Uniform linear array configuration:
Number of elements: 16
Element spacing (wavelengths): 0.75
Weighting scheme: binomial
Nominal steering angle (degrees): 30
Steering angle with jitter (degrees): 28.119
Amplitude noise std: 0.05
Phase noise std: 0.05

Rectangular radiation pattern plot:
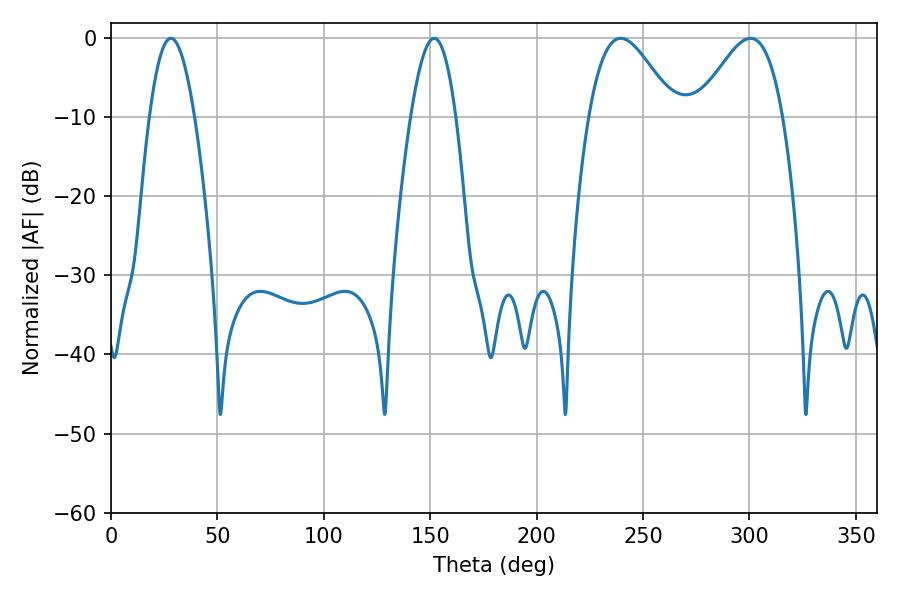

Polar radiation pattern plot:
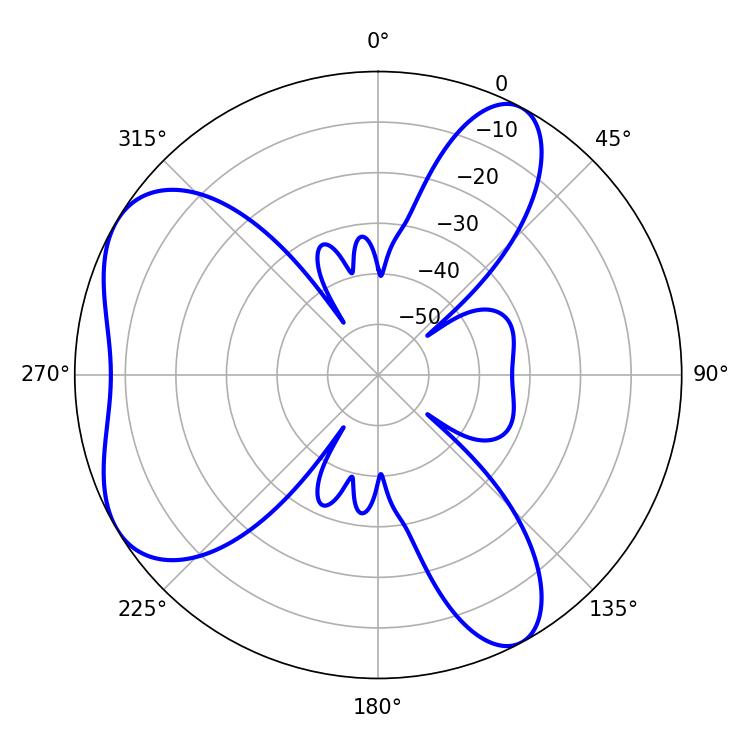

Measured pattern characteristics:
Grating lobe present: TRUE
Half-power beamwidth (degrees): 21.42
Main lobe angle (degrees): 239.58